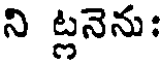
ని ట్లనెను: